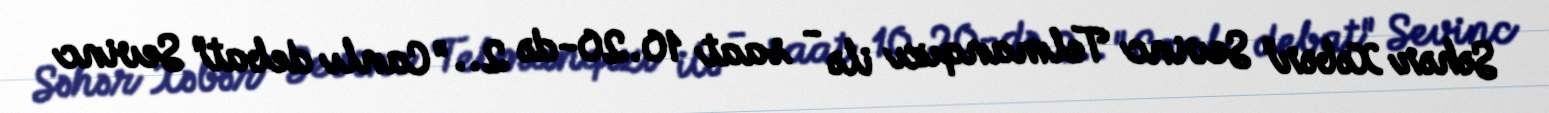
Səhər Xəbər" Sevinc Telmanqızı ilə - saat 10.20-də 2.. "Canlı debat" Sevinc